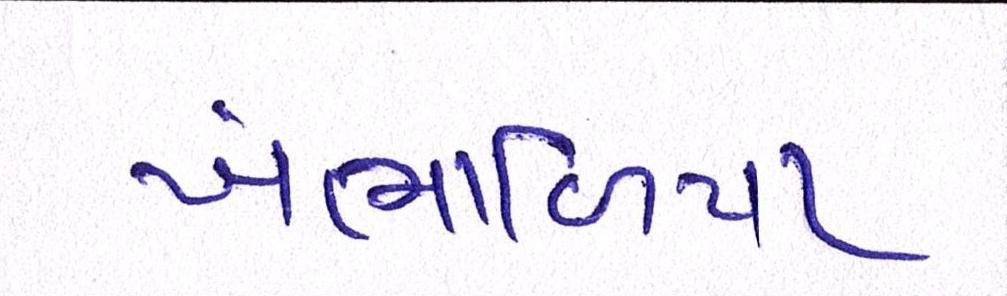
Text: ખંભાળિયા